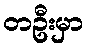
တဦးမှာ